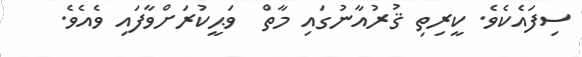
ސިފައެކެވެ. ކީރިތި ޤުރުއާނުގައި މާތް  ވަޙީކުރަށްވާފައި ވެއެވެ.